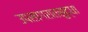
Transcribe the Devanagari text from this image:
उपसागरातसुद्धा